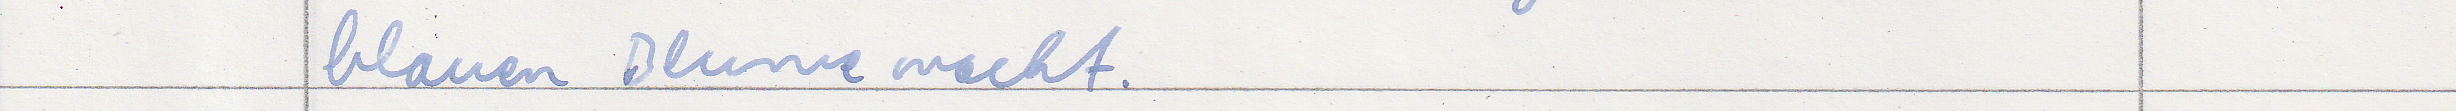
blauen Blume macht.